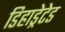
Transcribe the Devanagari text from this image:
डिहाड्रेटेड